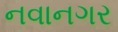
નવાનગર